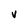
Character: V